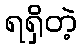
ရရှိတဲ့